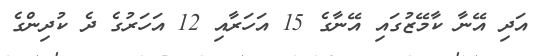
އަދި އޭނާ ކާމޭޒުގައި އޭނާގެ 15 އަހަރާއި 12 އަހަރުގެ ދެ ކުދިންގެ